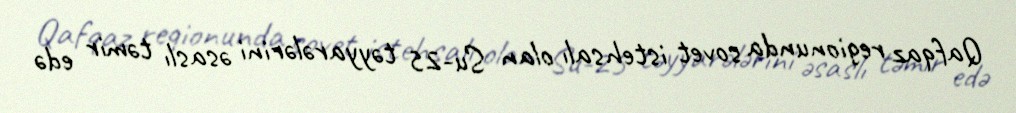
Qafqaz regionunda sovet istehsalı olan Su-25 təyyarələrini əsaslı təmir edə